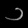
Digit: ၁